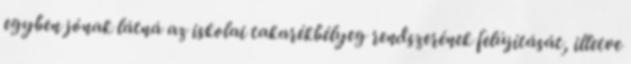
egyben jónak látná az iskolai takarékbélyeg rendszerének felújítását, illetve